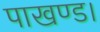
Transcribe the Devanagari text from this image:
पाखण्ड।